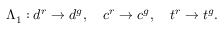
\begin{array} { r } { \Lambda _ { 1 } : d ^ { r } \rightarrow d ^ { g } , \quad c ^ { r } \rightarrow c ^ { g } , \quad t ^ { r } \rightarrow t ^ { g } . } \end{array}